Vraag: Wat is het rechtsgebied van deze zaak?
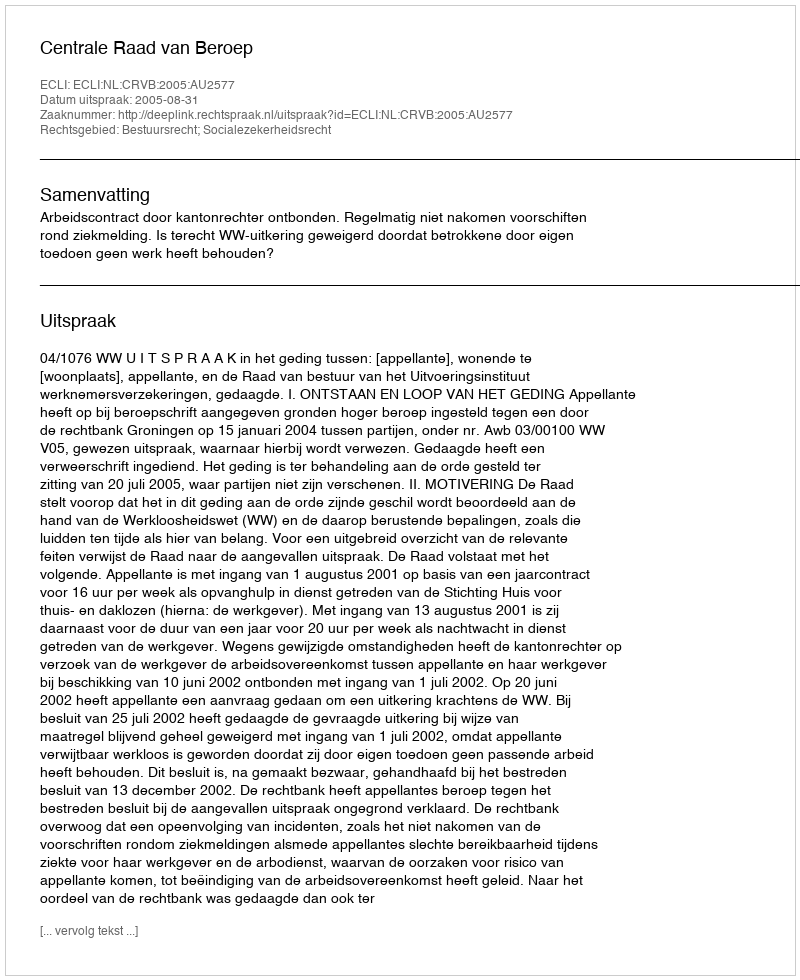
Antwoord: Bestuursrecht; Socialezekerheidsrecht